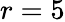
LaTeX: r=5